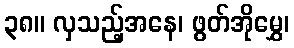
၃၈။ လှသည့်အနေ၊ ဖွတ်အိုမွှေ၊